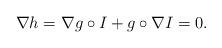
LaTeX: \begin{align*}\nabla h=\nabla g\circ I+g\circ\nabla I=0.\end{align*}